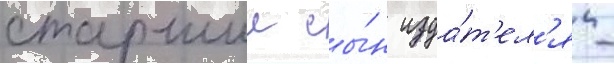
старшии сы́н изда́т'ел'я -